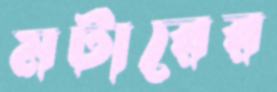
মর্টারের